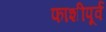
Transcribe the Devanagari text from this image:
फाशीपूर्व